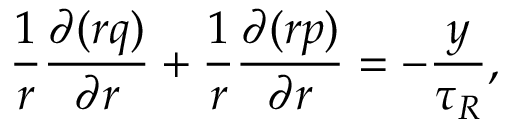
\frac { 1 } { r } \frac { \partial ( r q ) } { \partial r } + \frac { 1 } { r } \frac { \partial ( r p ) } { \partial r } = - \frac { y } { \tau _ { R } } ,